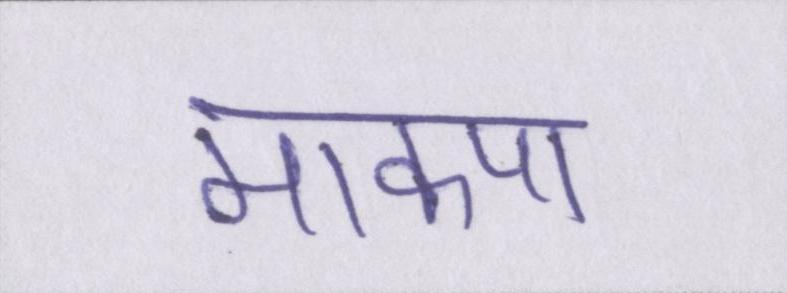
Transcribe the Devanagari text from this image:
माकपा